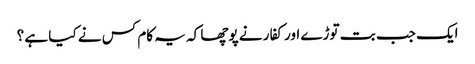
ایک جب بت توڑے اور کفار نے پوچھا کہ یہ کام کس نے کیا ہے ؟